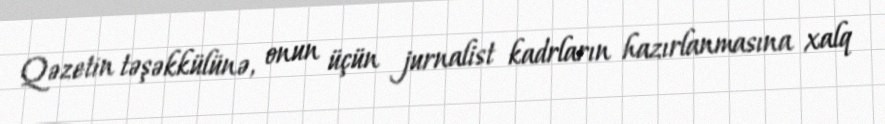
Qəzetin təşəkkülünə, onun üçün jurnalist kadrların hazırlanmasına xalq